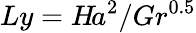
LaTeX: Ly=H\! a^{2}/Gr^{0.5}